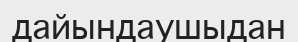
дайындаушыдан